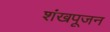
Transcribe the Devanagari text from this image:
शंखपूजन